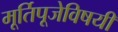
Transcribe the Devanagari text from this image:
मूर्तिपूजेविषयी